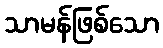
သာမန်ဖြစ်သော